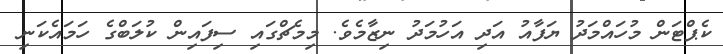
ކެޕްޓަން މުހައްމަދު ޔަފާއު އަދި އަހުމަދު ނިޒާމެވެ. މިމެޗްގައި ސިފައިން ކުލަބްގެ ހަމައެކަނި